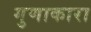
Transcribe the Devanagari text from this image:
गुणाकारा